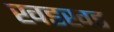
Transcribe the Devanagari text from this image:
खडखड